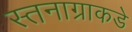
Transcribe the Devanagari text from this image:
स्तनाग्राकडे